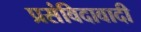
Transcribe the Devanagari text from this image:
प्रसंविदावादी